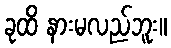
ခုထိ နားမလည်ဘူး။